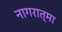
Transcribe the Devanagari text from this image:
नागरात्मा